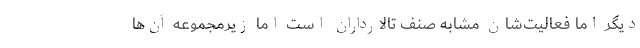
دیگر اما فعالیت‌شان مشابه صنف تالارداران است اما زیرمجموعه آن‌ها